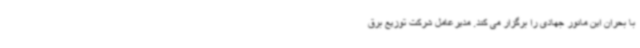
با بحران این مانور جهادی را برگزار می کند. مدیرعامل شرکت توزیع برق